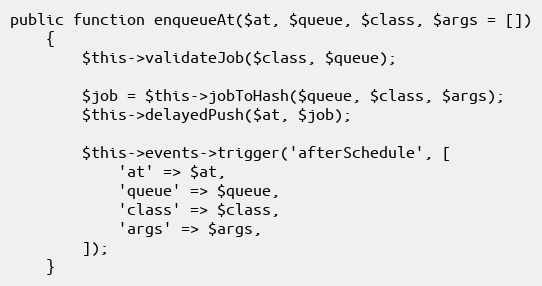
Language: PHP
public function enqueueAt($at, $queue, $class, $args = [])
    {
        $this->validateJob($class, $queue);

        $job = $this->jobToHash($queue, $class, $args);
        $this->delayedPush($at, $job);

        $this->events->trigger('afterSchedule', [
            'at' => $at,
            'queue' => $queue,
            'class' => $class,
            'args' => $args,
        ]);
    }